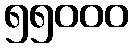
၅၅၀၀၀